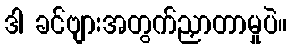
ဒါ ခင်ဗျားအတွက်ညှာတာမှုပဲ။